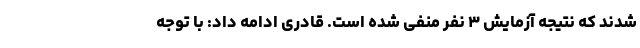
شدند که نتیجه آزمایش ۳ نفر منفی شده است. قادری ادامه داد: با توجه